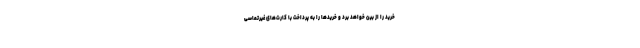
خرید را از بین خواهد برد و خرید‌ها را به پرداخت با کارت‌های غیرتماسی